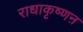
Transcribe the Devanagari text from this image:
राधाकृष्णऩ